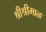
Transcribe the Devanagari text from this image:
श्रीश्रीमाळ